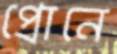
প্রোনে